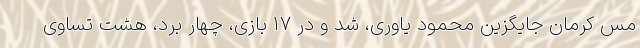
مس کرمان جایگزین محمود یاوری، شد و در 17 بازی، چهار برد، هشت تساوی